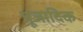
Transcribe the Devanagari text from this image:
पूजादिक